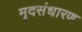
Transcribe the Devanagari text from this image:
मृदसंधारण